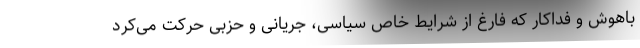
باهوش و فداکار که فارغ از شرایط خاص سیاسی، جریانی و حزبی حرکت می‌کرد